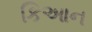
કિઆન